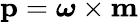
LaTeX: \mathbf{p}={\boldsymbol{\omega}}\times\mathbf{m}